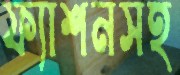
ফ্যাশনসহ